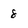
Character: 8